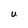
Character: U